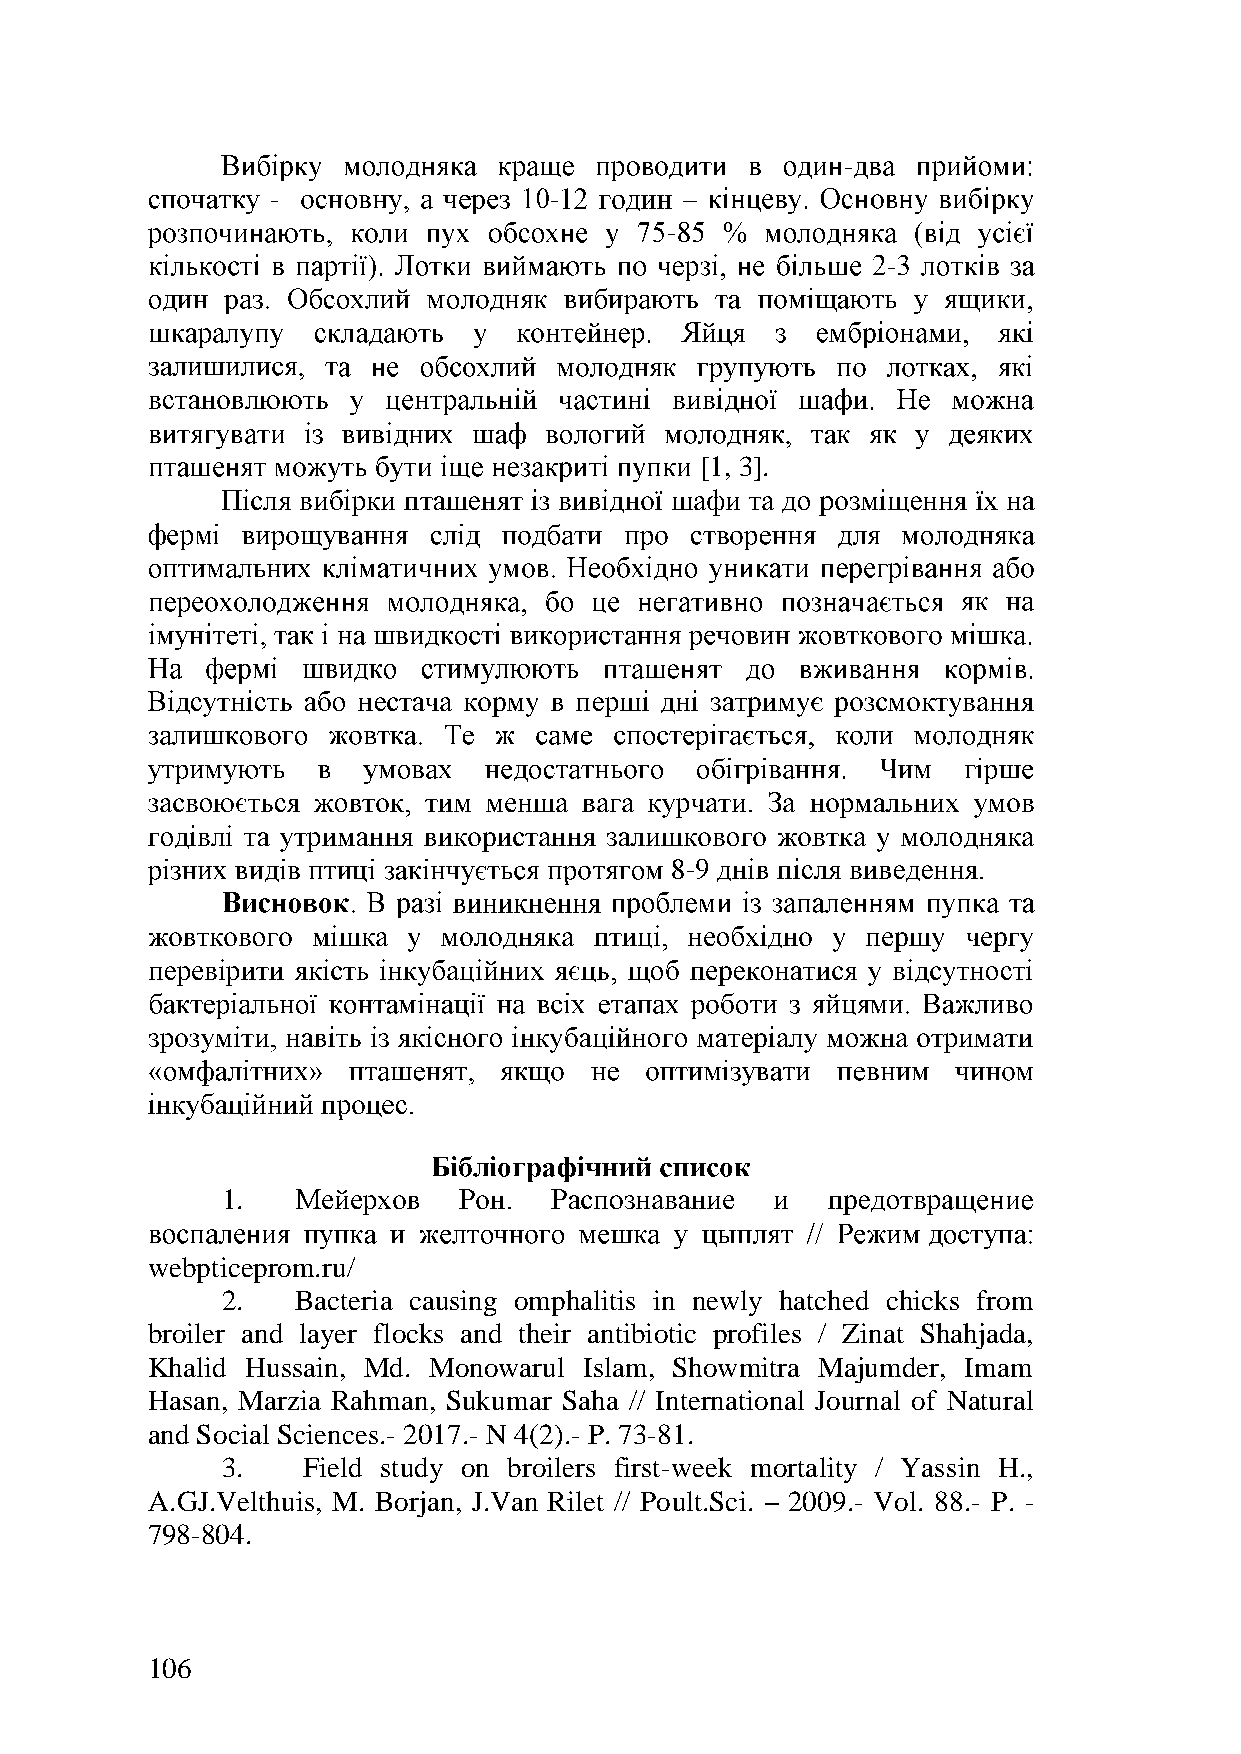
-
 -                 -
 -
 -
 [1, 3].
 -
 1.
 webpticeprom.ru/
 2.   Bacteria causing omphalitis in newly hatched chicks from
 broiler and layer flocks and their antibiotic profiles / Zinat Shahjada,
 Khalid Hussain, Md. Monowarul Islam, Showmitra Majumder, Imam
 Hasan, Marzia Rahman, Sukumar Saha // International Journal of Natural
 and Social Sciences.- 2017.- N 4(2).- P. 73-81.
 3.   Field study on broilers first-week mortality / Yassin H.,
 A.GJ.Velthuis, M. Borjan, J.Van Rilet // Poult.Sci. 2009.- Vol. 88.- P. -
 798-804.
 106